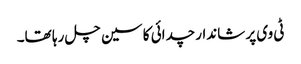
ٹی وی پر شاندار چدائی کا سین چل رہا تھا۔